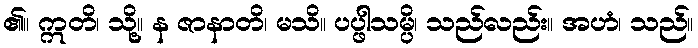
၏။ ဣတိ၊ သို့။ န ဇာနာတိ၊ မသိ။ ပပ္ဖါသမ္ပိ၊ သည်လည်း။ အဟံ၊ သည်။